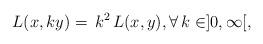
LaTeX: \begin{align*}L(x,ky)=\,k^2\,L(x,y),\forall\, k\in ]0,\infty[,\end{align*}